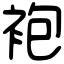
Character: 袍